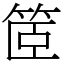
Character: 䇫